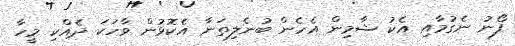
ފޯނު ނެގުމާއި އެކު ޝާމިން އެހެން ބުނެލިތަނާ އެކޮޅުން ވާހަކަ ދެއްކި މީހާ